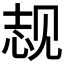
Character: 𬢌